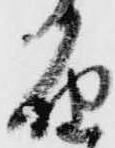
届